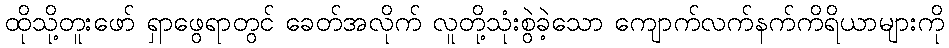
ထိုသို့တူးဖော် ရှာဖွေရာတွင် ခေတ်အလိုက် လူတို့သုံးစွဲခဲ့သော ကျောက်လက်နက်ကိရိယာများကို